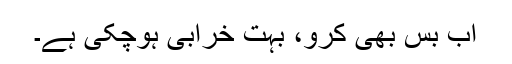
اب بس بھی کرو، بہت خرابی ہوچکی ہے۔